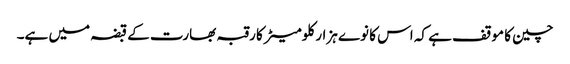
چین کا موقف ہے کہ اس کا نوے ہزار کلومیٹر کا رقبہ بھارت کے قبضہ میں ہے۔